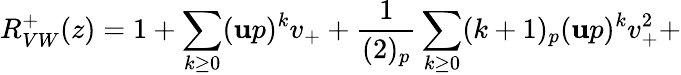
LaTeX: R_{VW}^{+}(z)=1+\sum_{k\geq0}(\mathbf{u}p)^{k}v_{+}+\frac{{1}}{{(2)_{p}}}\sum_{k\geq0}(k+1)_{p}(\mathbf{u}p)^{k}v_{+}^{2}+